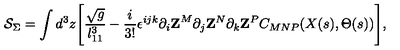
{ \cal S } _ { \Sigma } = \int d ^ { 3 } z \Biggl [ { \frac { \sqrt { g } } { l _ { 1 1 } ^ { 3 } } } - { \frac { i } { 3 ! } } \epsilon ^ { i j k } \partial _ { i } { \bf Z } ^ { M } \partial _ { j } { \bf Z } ^ { N } \partial _ { k } { \bf Z } ^ { P } C _ { M N P } ( X ( s ) , \Theta ( s ) ) \Biggr ] ,